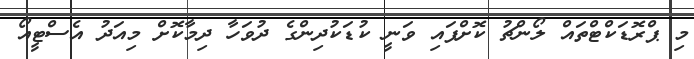
މި ޕްރޮޑަކްޓްތައް ލޯންޗު ކޮށްފައި ވަނީ ކުޑަކުދިންގެ ދުވަހާ ދިމާކޮށް މިއަދު އެސްޓީއޯ